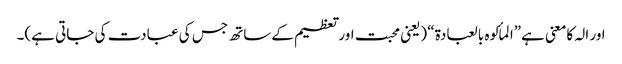
اور الہ کامعنی ہے”المألوہ بالعبادۃ“ (یعنی محبت اورتعظیم کےساتھ جس کی عبادت کی جاتی ہے)۔